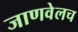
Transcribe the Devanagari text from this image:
जाणवेलच